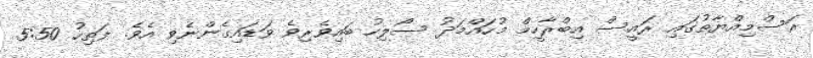
ރަސްމިއްޔާތުގައި ރައީސް އިބްރާހީމް މުހައްމަދު ސޯލިހު ބައިވެރިވެ ވަޑައިގެންނެވި އެވެ. ފަތިހު 5:50